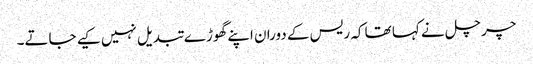
چرچل نے کہا تھا کہ ریس کے دوران اپنے گھوڑے تبدیل نہیں کیے جاتے۔